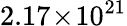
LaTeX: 2.17\! \times\! 10^{21}